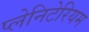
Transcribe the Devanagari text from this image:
प्लेनिटेरियम